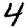
Digit: 4